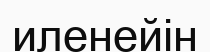
иленейін